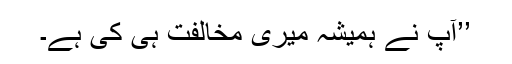
’’آپ نے ہمیشہ میری مخالفت ہی کی ہے۔